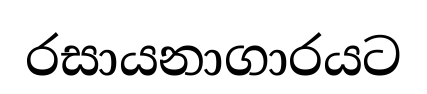
රසායනාගාරයට